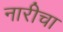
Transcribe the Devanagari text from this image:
नारीचा